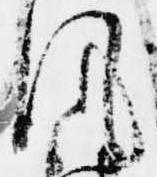
風